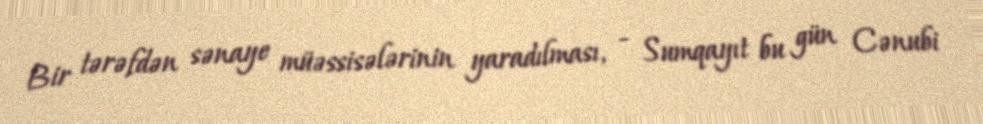
Bir tərəfdən sənaye müəssisələrinin yaradılması, - Sumqayıt bu gün Cənubi